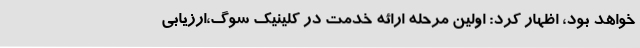
خواهد بود، اظهار کرد: اولین مرحله ارائه خدمت در کلینیک سوگ،ارزیابی